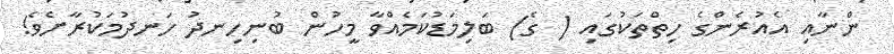
ންނާއި އެއުރެންގެ ހިތްތަކުގައި ( ގެ) ބަލިމަޑުކަމެއްވާ މީހުން ބުނިހިނދު ހަނދުމަކުރާށެވެ!